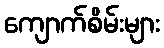
ကျောက်စိမ်းများ